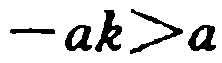
\(-ak>a\)